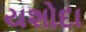
યશોદા